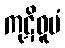
ကုဋိဓူပံ